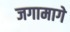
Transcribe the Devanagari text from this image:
जगामागे